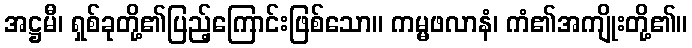
အဋ္ဌမီ၊ ရှစ်ခုတို့၏ပြည့်ကြောင်းဖြစ်သော။ ကမ္မဖလာနံ၊ ကံ၏အကျိုးတို့၏။